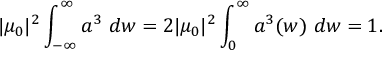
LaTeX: | \mu _ { 0 } | ^ { 2 } \int _ { - \infty } ^ { \infty } a ^ { 3 } ~ d w = 2 | \mu _ { 0 } | ^ { 2 } \int _ { 0 } ^ { \infty } a ^ { 3 } ( w ) ~ d w = 1 .